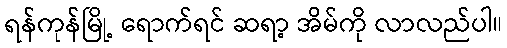
ရန်ကုန်မြို့ ရောက်ရင် ဆရာ့ အိမ်ကို လာလည်ပါ။